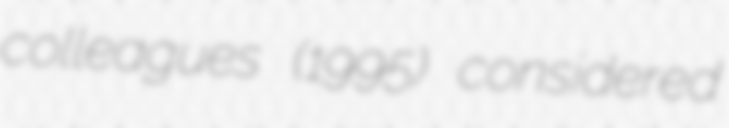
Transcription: colleagues (1995) considered